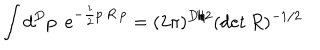
\int d ^ { D } p \, \, \, e ^ { - \frac { 1 } { 2 } p \cdot R \cdot p } = ( 2 \pi ) ^ { D / 2 } ( \det R ) ^ { - 1 / 2 }